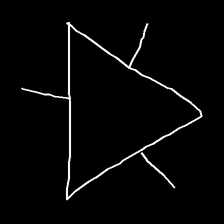
Glyph: fire